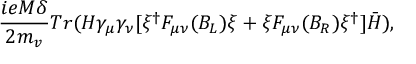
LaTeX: \frac { i e M \delta } { 2 m _ { v } } T r ( H \gamma _ { \mu } \gamma _ { \nu } [ \xi ^ { \dagger } F _ { \mu \nu } ( B _ { L } ) \xi + \xi F _ { \mu \nu } ( B _ { R } ) \xi ^ { \dagger } ] { \bar { H } } ) , \nonumber